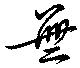
無